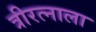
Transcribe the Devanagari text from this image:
त्रीरत्नाला